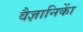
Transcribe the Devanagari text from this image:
वैज्ञानिकाें